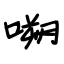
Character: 嗍